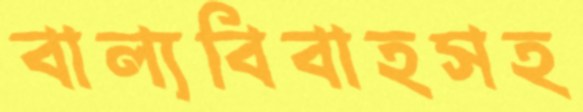
বাল্যবিবাহসহ